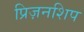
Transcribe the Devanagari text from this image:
प्रिज़नशिप